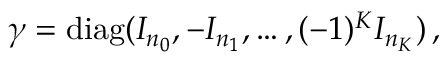
\begin{array} { r } { \gamma = \mathrm { d i a g } ( I _ { n _ { 0 } } , - I _ { n _ { 1 } } , \dots , ( - 1 ) ^ { K } I _ { n _ { K } } ) \, , } \end{array}